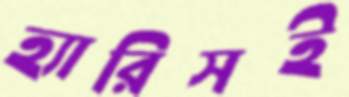
হ্যারিসই